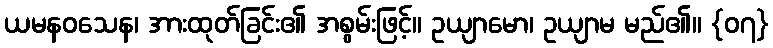
ယမနဝသေန၊ အားထုတ်ခြင်း၏ အစွမ်းဖြင့်။ ဥယျာမော၊ ဥယျာမ မည်၏။ {၀၇}